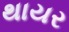
થાયર